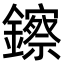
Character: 鑔